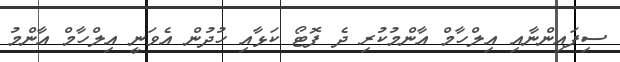
ސިފައިންނާއި އިލްހާމް އާންމުކުރި ދެ ފޮޓޯ ކަޅާއި ހުދުން އެވަނީ އިލްހާމް އާންމު